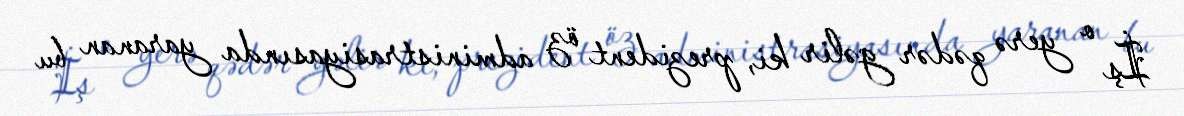
İş o yerə qədər gəlir ki, prezident öz administrasiyasında yaranan bu